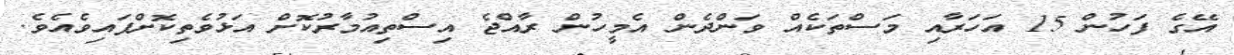
އޭގެ ފަހުން 15 އަހަރާއި މަސްތަކެއް ވަންދެން އެމީހުން ރާއްޖެ އިސްތިއުމާރުކޮށް އަޅުވެތިކޮށްފައިވެއެވެ.